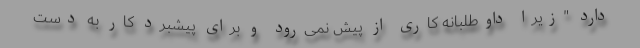
دارد "زیرا داوطلبانه کاری از پیش نمی‌رود و برای پیشبرد کار به دست